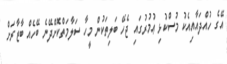
އޭގެ ހުއްދައާއިއެކު މުސްކުޅި ޢުމުރުގައި ޖެހޭ ބަލިތަކުން މީހާ ސަލާމަތްކޮށްދޭނެ ބޭހެއް ބާޒާރަށް